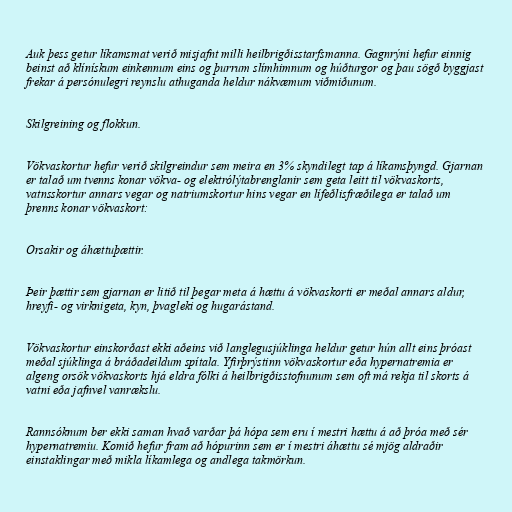
Auk þess getur líkamsmat verið misjafnt milli heilbrigðisstarfsmanna. Gagnrýni hefur einnig
beinst að klínískum einkennum eins og þurrum slímhimnum og húðturgor og þau sögð byggjast
frekar á persónulegri reynslu athuganda heldur nákvæmum viðmiðunum.

Skilgreining og flokkun.

Vökvaskortur hefur verið skilgreindur sem meira en 3% skyndilegt tap á líkamsþyngd. Gjarnan
er talað um tvenns konar vökva- og elektrólýtabrenglanir sem geta leitt til vökvaskorts,
vatnsskortur annars vegar og natriumskortur hins vegar en lífeðlisfræðilega er talað um
þrenns konar vökvaskort:

Orsakir og áhættuþættir.

Þeir þættir sem gjarnan er litið til þegar meta á hættu á vökvaskorti er meðal annars aldur,
hreyfi- og virknigeta, kyn, þvagleki og hugarástand.

Vökvaskortur einskorðast ekki aðeins við langlegusjúklinga heldur getur hún allt eins þróast
meðal sjúklinga á bráðadeildum spítala. Yfirþrýstinn vökvaskortur eða hypernatremia er
algeng orsök vökvaskorts hjá eldra fólki á heilbrigðisstofnunum sem oft má rekja til skorts á
vatni eða jafnvel vanrækslu.

Rannsóknum ber ekki saman hvað varðar þá hópa sem eru í mestri hættu á að þróa með sér
hypernatremiu. Komið hefur fram að hópurinn sem er í mestri áhættu sé mjög aldraðir
einstaklingar með mikla líkamlega og andlega takmörkun.